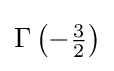
\Gamma \left(-{\tfrac {3}{2}}\right)